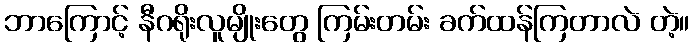
ဘာကြောင့် နီဂရိုးလူမျိုးတွေ ကြမ်းတမ်း ခက်ထန်ကြတာလဲ တဲ့။